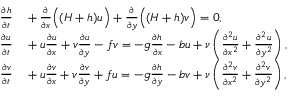
\begin{array} { r l } { { \frac { \partial h } { \partial t } } } & { { } + { \frac { \partial } { \partial x } } { \Bigl ( } ( H + h ) u { \Bigr ) } + { \frac { \partial } { \partial y } } { \Bigl ( } ( H + h ) v { \Bigr ) } = 0 , } \\ { { \frac { \partial u } { \partial t } } } & { { } + u { \frac { \partial u } { \partial x } } + v { \frac { \partial u } { \partial y } } - f v = - g { \frac { \partial h } { \partial x } } - b u + \nu \left( { \frac { \partial ^ { 2 } u } { \partial x ^ { 2 } } } + { \frac { \partial ^ { 2 } u } { \partial y ^ { 2 } } } \right) , } \\ { { \frac { \partial v } { \partial t } } } & { { } + u { \frac { \partial v } { \partial x } } + v { \frac { \partial v } { \partial y } } + f u = - g { \frac { \partial h } { \partial y } } - b v + \nu \left( { \frac { \partial ^ { 2 } v } { \partial x ^ { 2 } } } + { \frac { \partial ^ { 2 } v } { \partial y ^ { 2 } } } \right) , } \end{array}